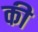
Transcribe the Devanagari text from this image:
की